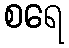
စရေ